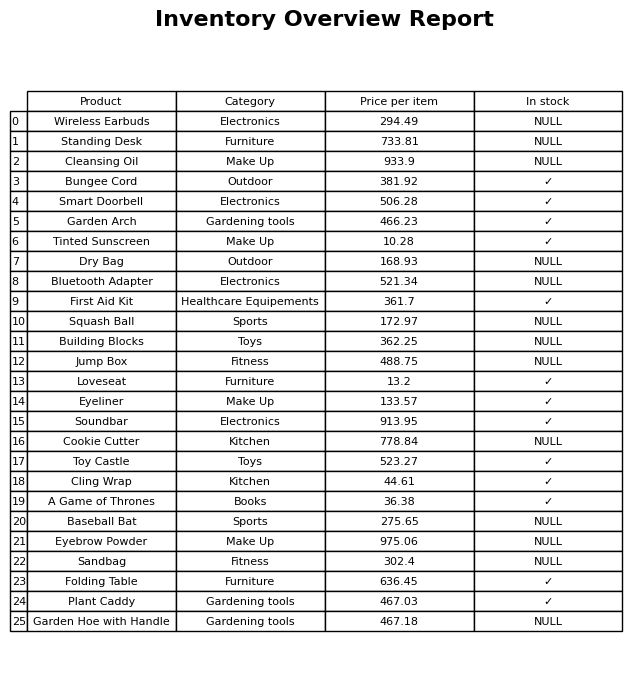
question: What is the stock status of the Baseball Bat?
answer: NULL